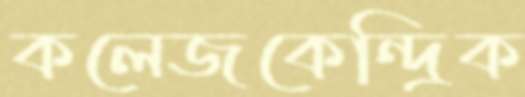
কলেজকেন্দ্রিক